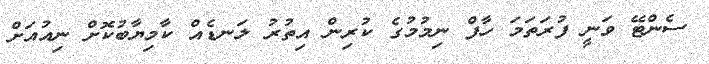
ސެންޓޭ ވަނީ ފުރަތަމަ ހާފް ނިމުމުގެ ކުރިން އިތުރު ލަނޑެއް ކާމިޔާބުކޮށް ނިއުއަށް